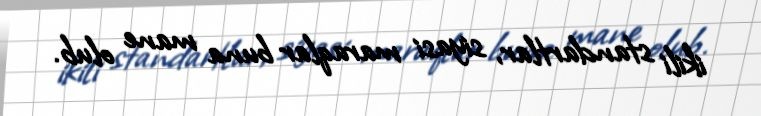
ikili standartlar, siyasi maraqlar buna mane olub.